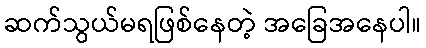
ဆက်သွယ်မရဖြစ်နေတဲ့ အခြေအနေပါ။